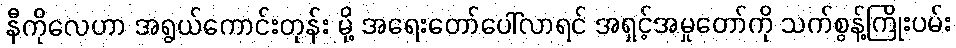
နီကိုလေဟာ အရွယ်ကောင်းတုန်း မို့ အရေးတော်ပေါ်လာရင် အရှင့်အမှုတော်ကို သက်စွန့်ကြိုးပမ်း